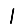
Digit: 1